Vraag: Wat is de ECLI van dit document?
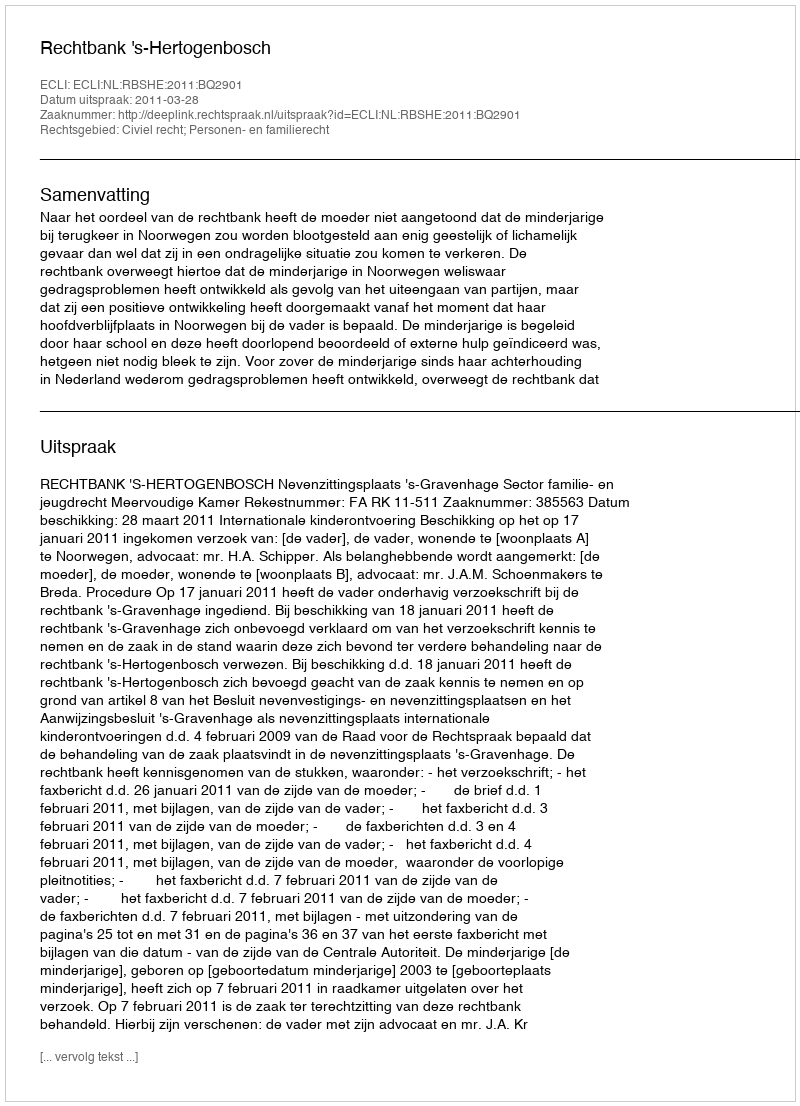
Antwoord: ECLI:NL:RBSHE:2011:BQ2901